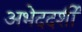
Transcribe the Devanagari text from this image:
अभेददर्शी